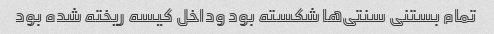
تمام بستنی سنتی‌ها شکسته بود وداخل کیسه ریخته شده بود